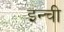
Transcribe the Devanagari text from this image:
इन्ची